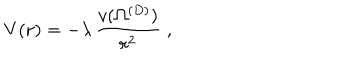
V ( { \bf r } ) = - \lambda \, \frac { v ( \Omega ^ { ( { D } ) } ) } { r ^ { 2 } } \; ,